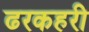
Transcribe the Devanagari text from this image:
ढरकहरी